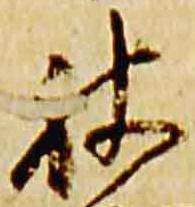
被